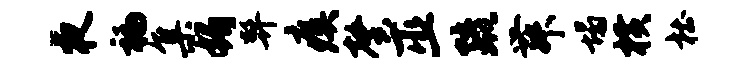
夜褊集媚弊瘼馨巫疏舞塌横杜